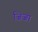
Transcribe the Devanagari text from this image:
जिजा